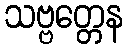
သဗ္ဗတ္တေန